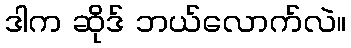
ဒါက ဆိုဒ် ဘယ်လောက်လဲ။